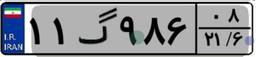
۱۱گ۹۸۶۰۸